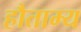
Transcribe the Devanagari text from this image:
हौताम्य